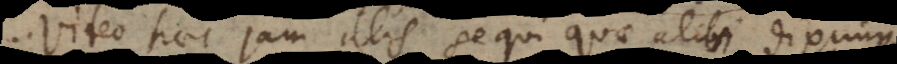
Video haec jam illis sequi quae alibi diximus